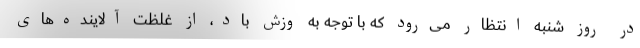
در روز شنبه انتظار می‌رود که با توجه به وزش باد، از غلظت آلاینده‌های